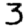
Digit: 3